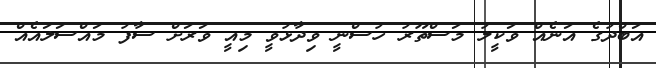
އަބްދުގެ އަނެއް ވަކީލު މަސްތޫރު ހުސްނީ ވިދާޅުވީ މިއީ ވަރަށް ސާފު މައްސަލައެއް